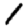
Digit: 1